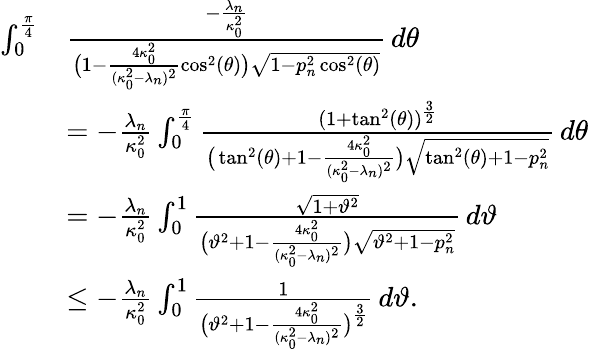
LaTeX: \begin{array}{rl}{\int_{0}^{\frac{\pi}{4}}}&{\frac{-\frac{\lambda_{n}}{\kappa_{0}^{2}}}{\big(1-\frac{4\kappa_{0}^{2}}{(\kappa_{0}^{2}-\lambda_{n})^{2}}\cos^{2}(\theta)\big)\sqrt{1-p_{n}^{2}\cos^{2}(\theta)}}\, d\theta}\\ &{=-\frac{\lambda_{n}}{\kappa_{0}^{2}}\int_{0}^{\frac{\pi}{4}}\frac{(1+\tan^{2}(\theta))^{\frac{3}{2}}}{\big(\tan^{2}(\theta)+1-\frac{4\kappa_{0}^{2}}{(\kappa_{0}^{2}-\lambda_{n})^{2}}\big)\sqrt{\tan^{2}(\theta)+1-p_{n}^{2}}}\, d\theta}\\ &{=-\frac{\lambda_{n}}{\kappa_{0}^{2}}\int_{0}^{1}\frac{\sqrt{1+\vartheta^{2}}}{\big(\vartheta^{2}+1-\frac{4\kappa_{0}^{2}}{(\kappa_{0}^{2}-\lambda_{n})^{2}}\big)\sqrt{\vartheta^{2}+1-p_{n}^{2}}}\, d\vartheta}\\ &{\leq-\frac{\lambda_{n}}{\kappa_{0}^{2}}\int_{0}^{1}\frac{1}{\big(\vartheta^{2}+1-\frac{4\kappa_{0}^{2}}{(\kappa_{0}^{2}-\lambda_{n})^{2}}\big)^{\frac{3}{2}}}\, d\vartheta.}\end{array}